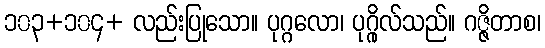
၁၀၃+၁၀၄+ လည်းပြုသော။ ပုဂ္ဂလော၊ ပုဂ္ဂိုလ်သည်။ ဂဇ္ဇိတာစ၊